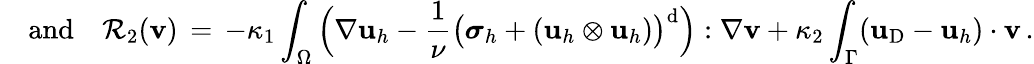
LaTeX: {\quad\mathrm{and}\quad}\mathcal{R}_{2}({\mathbf{v}})\, =\, -\kappa_{1}\int_{\Omega}\Big(\nabla\mathbf{u}_{h}-\frac{1}{\nu}\big({\boldsymbol\sigma}_{h}+(\mathbf{u}_{h}\otimes\mathbf{u}_{h})\big)^{\mathrm{d}}\Big):\nabla{\mathbf{v}}+\kappa_{2}\int_{\Gamma}(\mathbf{u}_{\mathrm{D}}-\mathbf{u}_{h})\cdot{\mathbf{v}}\, .